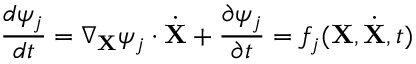
\frac { d \psi _ { j } } { d t } = \nabla _ { \bf X } \psi _ { j } \cdot { \dot { \bf X } } + \frac { \partial \psi _ { j } } { \partial t } = f _ { j } ( { \bf X } , { \dot { \bf X } } , t )